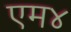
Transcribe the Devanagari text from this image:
एम४